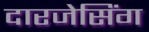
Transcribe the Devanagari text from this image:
दारजेसिंग